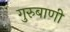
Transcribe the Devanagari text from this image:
गुरुबाणी